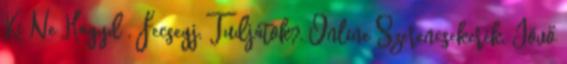
Ki Ne Hagyd , Fecsegj, Tudjátok?, Online Szerencsekerék, Jövő